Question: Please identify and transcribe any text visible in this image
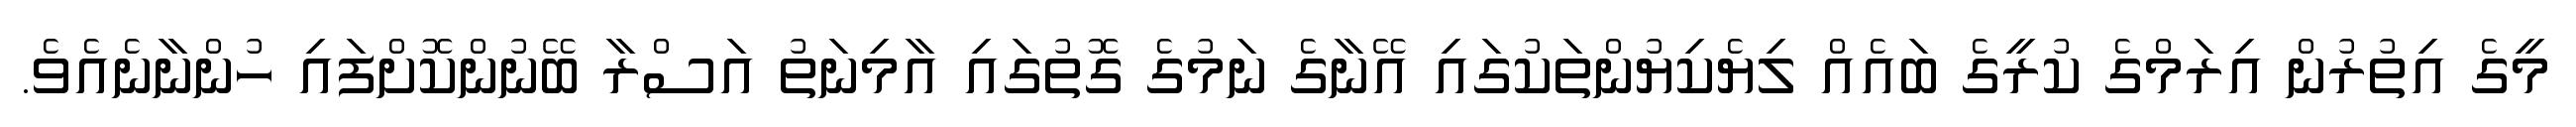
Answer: މީގެ އިތުރުން އިރަމްގެ ކުރީގެ ބައެއް ލިޔެކިޔުންތަކުގައި އޭނާގެ ނަމުގެ ގޮތުގައި އާމިނަތު އަސްރާ ބޭނުންކޮށްފައި ހުންނާނެއެވެ.